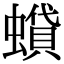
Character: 蟘